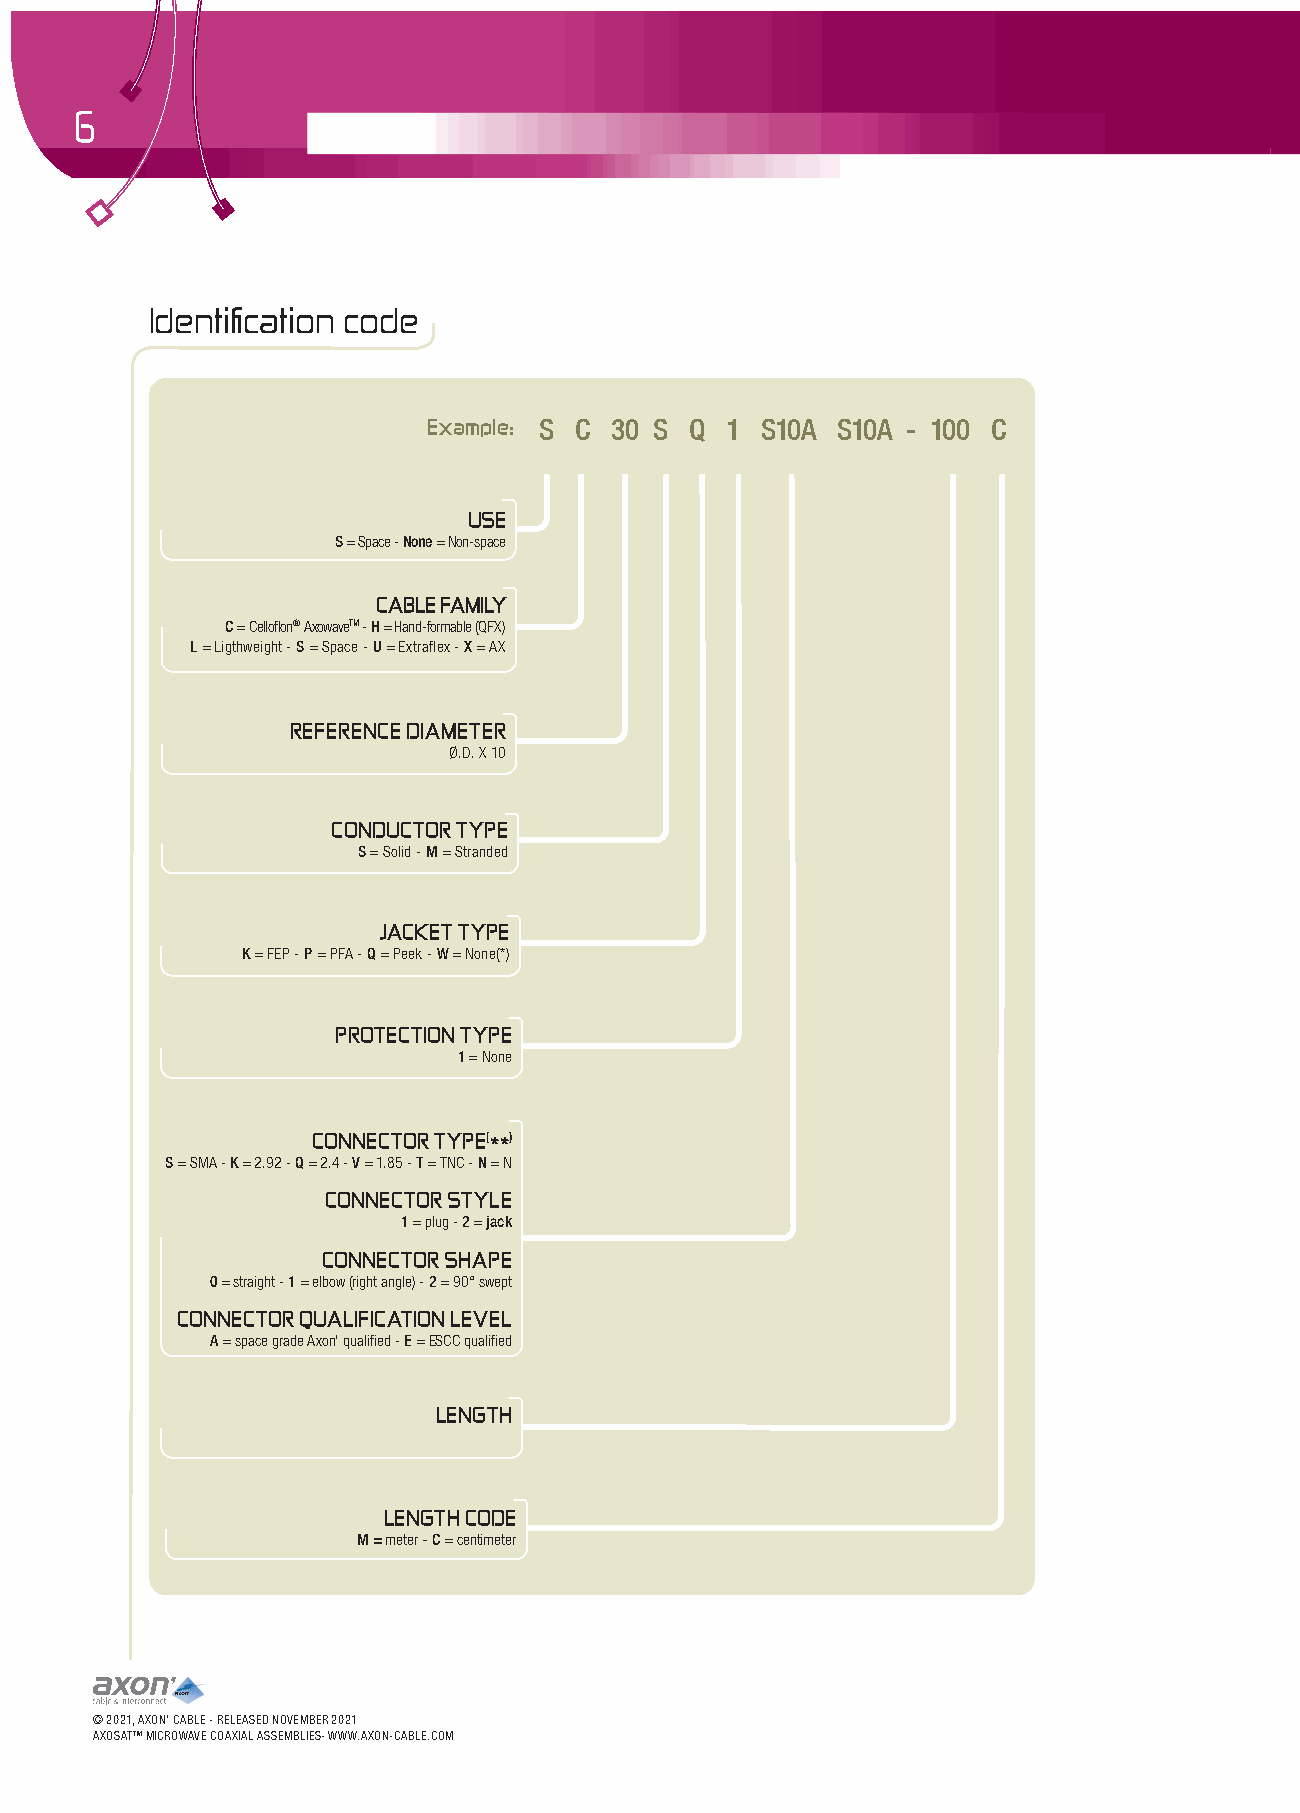
6
 Identification code
 Example: S C 30 S Q 1 S10A S10A - 100 C
 USE
 S = Space - None = Non-space
 CABLE FAMILY
 C = Celloflon® AxowaveTM - H = Hand-formable (QFX)
 L = Ligthweight - S = Space - U = Extraflex - X = AX
 REFERENCE DIAMETER
 Ø.D. X 10
 CONDUCTOR TYPE
 S = Solid - M = Stranded
 JACKET TYPE
 K = FEP - P = PFA - Q = Peek - W = None(*)
 PROTECTION TYPE
 1 = None
 CONNECTOR TYPE(**)
 S = SMA - K = 2.92 - Q = 2.4 - V = 1.85 - T = TNC - N = N
 CONNECTOR STYLE
 1 = plug - 2 = jack
 CONNECTOR SHAPE
 0 = straight - 1 = elbow (right angle) - 2 = 90° swept
 CONNECTOR QUALIFICATION LEVEL
 A = space grade Axon’ qualified - E = ESCC qualified
 LENGTH
 LENGTH CODE
 M = meter - C = centimeter
 © 2021, AXON’ CABLE - RELEASED NOVEMBER 2021
 AXOSATTM MICROWAVE COAXIAL ASSEMBLIES- WWW.AXON-CABLE.COM